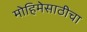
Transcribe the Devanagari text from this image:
मोहिमेसाठीचा